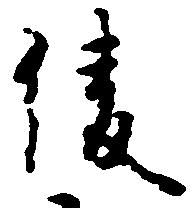
綾